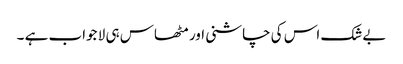
بےشک اس کی چاشنی اور مٹھاس ہی لا جواب ہے ۔